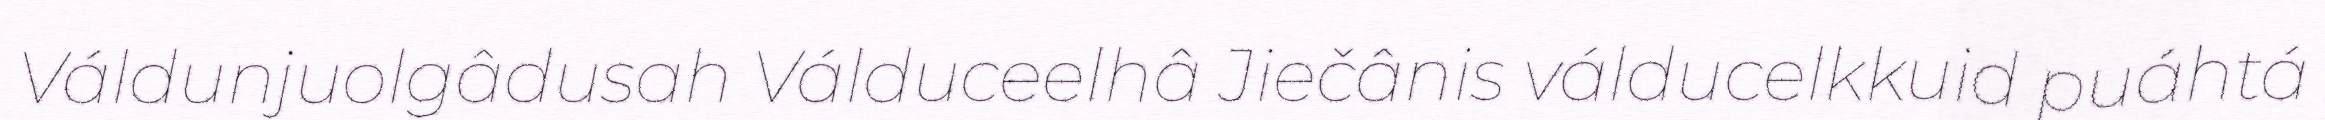
Váldunjuolgâdusah Válduceelhâ Jiečânis válducelkkuid puáhtá